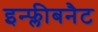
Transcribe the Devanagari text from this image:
इन्फ्लीबनैट